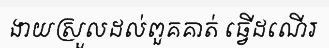
ងាយស្រួលដល់ពួគគាត់ ធ្វើដណើរ